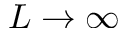
L \rightarrow \infty